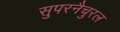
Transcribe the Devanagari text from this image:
सुपरनैचुरल